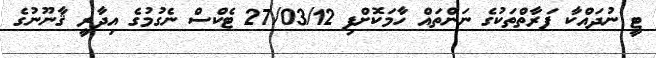
ޓީ ނުދައްކާ ފަރާތްތަކުގެ ނަންތައް ހާމަކޮށްފި 27/03/12 ޓެކްސް ނެގުމުގެ އިދާރީ ޤާނޫނުގެ